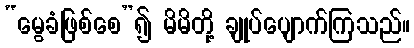
“မွေခံဖြစ်စေ”၍ မိမိတို့ ချုပ်ပျောက်ကြသည်။